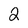
Character: 2